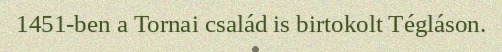
1451-ben a Tornai család is birtokolt Tégláson.